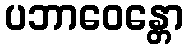
ပဘာဝေန္တော